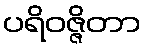
ပရိဝဇ္ဇိတာ